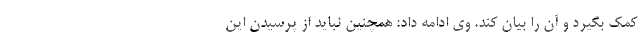
کمک بگیرد و آن را بیان کند. وی ادامه داد: همچنین نباید از پرسیدن این